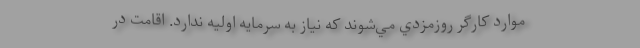
موارد كارگر روزمزدي مي‌شوند كه نياز به سرمايه اوليه ندارد. اقامت در